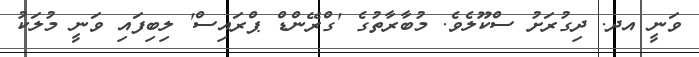
ވަނީ އދ. ދިގުރަށު ސްކޫލެވެ. މުބާރާތުގެ 'ގްރޭންޑް ޕްރައިސް' ލިބިފައި ވަނީ މުލަކު